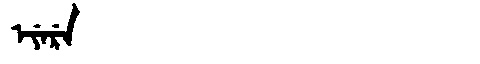
Manchu: ᡝᠶᡝᡵᡝ
Romanization: EYERE